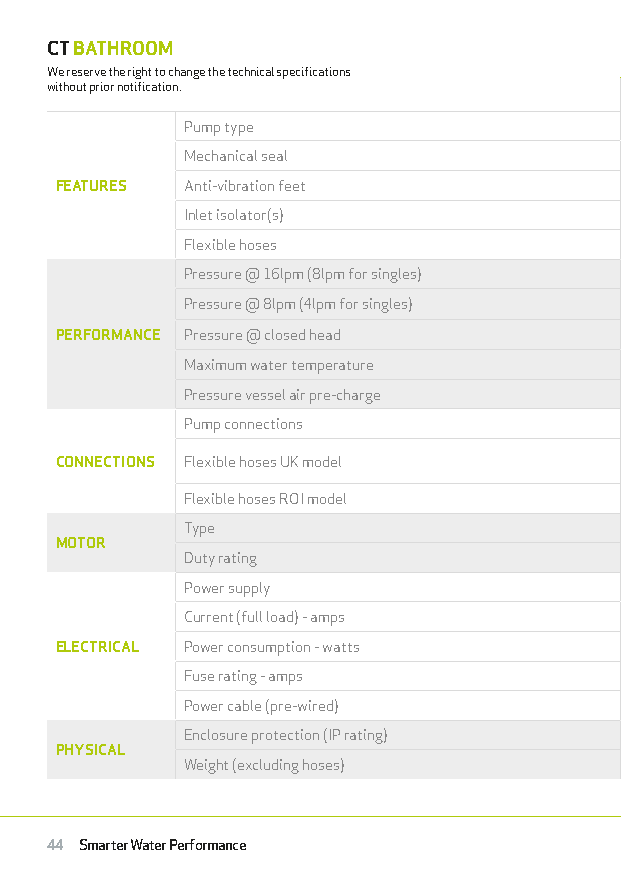
PUMP COMPARISON CHART
 CT BATHROOM
 TWIN
 We reserve the right to change the technical specifications
 without prior notification.
 CT BATHROOM 60B/BU CT BATHROOM 80B/BU
 Pump type                                    Regenerative
 Mechanical seal                           Nitrile / Carbon / Ceramic
 FEATURES Anti-vibration feet                  •                  •
 Inlet isolator(s)                     •                  •
 Flexible hoses                        4                  4
 Pressure @ 16lpm (8lpm for singles)   1.3               1.6
 Pressure @ 8lpm (4lpm for singles)    1.7               2.3
 PERFORMANCE Pressure @ closed head            1.8               2.6
 Maximum water temperature                      65°C
 Pressure vessel air pre-charge                28 psi
 Pump connections                              3/4” BSP
 3/4” Female x 15mm Push-Fit x 190mm 3/4” Female x 22mm Push Fit x 280mm
 CONNECTIONS Flexible hoses UK model
 long, isolating valves on all hoses long, isolating valves on all hoses
 Flexible hoses ROI model        3/4” Female x 21mm Push-Fit x 280mm long, isolating valves on all hoses
 Type                                       A.C Induction Motor
 MOTOR
 Duty rating                                Continuously Rated
 Power supply                                  230 V
 Current (full load) - amps           1.95               2.24
 ELECTRICAL Power consumption - watts         455                484
 Fuse rating - amps                             3
 Power cable (pre-wired)                      1.5 metres
 Enclosure protection (IP rating)               IPX3
 PHYSICAL
 Weight (excluding hoses)            3.98/4.58 kg      5.21/5.81 kg
 44 Smarter Water Performance